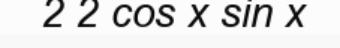
2 2 cos x sin x